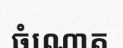
ចំណោត